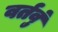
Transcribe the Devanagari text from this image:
वर्तवुं